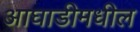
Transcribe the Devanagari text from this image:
आघाडीमधील